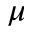
\mu